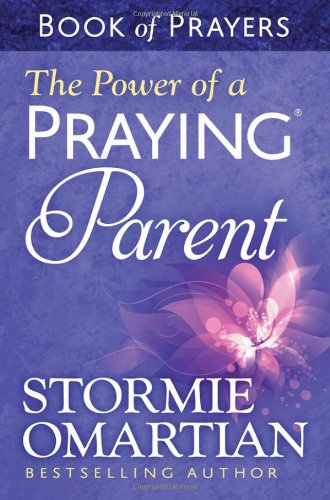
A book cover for The Power of a Praying Parent Book of Prayers; Stormie Omartian; Christian Books & Bibles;